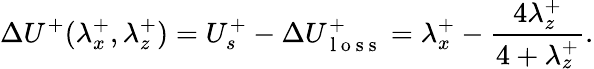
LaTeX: \Delta U^{+}(\lambda_{x}^{+},\lambda_{z}^{+})=U_{s}^{+}-\Delta U_{\mathrm{~l~o~s~s~}}^{+}=\lambda_{x}^{+}-\frac{4\lambda_{z}^{+}}{4+\lambda_{z}^{+}}.